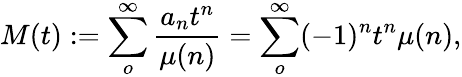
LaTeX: M(t):=\sum_{o}^{\infty}\frac{a_{n}t^{n}}{\mu(n)}=\sum_{o}^{\infty}(-1)^{n}t^{n}\mu(n),